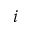
i